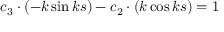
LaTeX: c _ { 3 } \cdot ( - k \sin k s ) - c _ { 2 } \cdot ( k \cos k s ) = 1